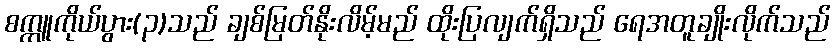
စက္ကူကိုယ်ပွား(၃)သည် ချစ်မြတ်နိုးလိမ့်မည် ထိုးပြလျက်ရှိသည် ရေအတူချိုးလိုက်သည်